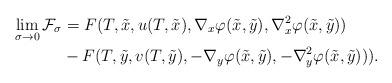
LaTeX: \begin{align*}\lim_{\sigma\to0}\mathcal{F}_\sigma&=F(T,\tilde{x},u(T,\tilde{x}),\nabla_x\varphi(\tilde{x},\tilde{y}),\nabla_x^2\varphi(\tilde{x},\tilde{y}))\\&-F(T,\tilde{y},v(T,\tilde{y}),-\nabla_y\varphi(\tilde{x},\tilde{y}),-\nabla_y^2\varphi(\tilde{x},\tilde{y}))).\end{align*}